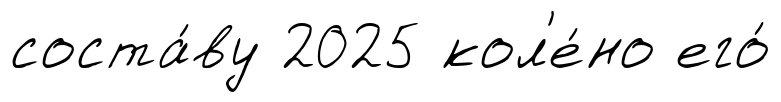
соста́ву 2025 кол'е́но его́